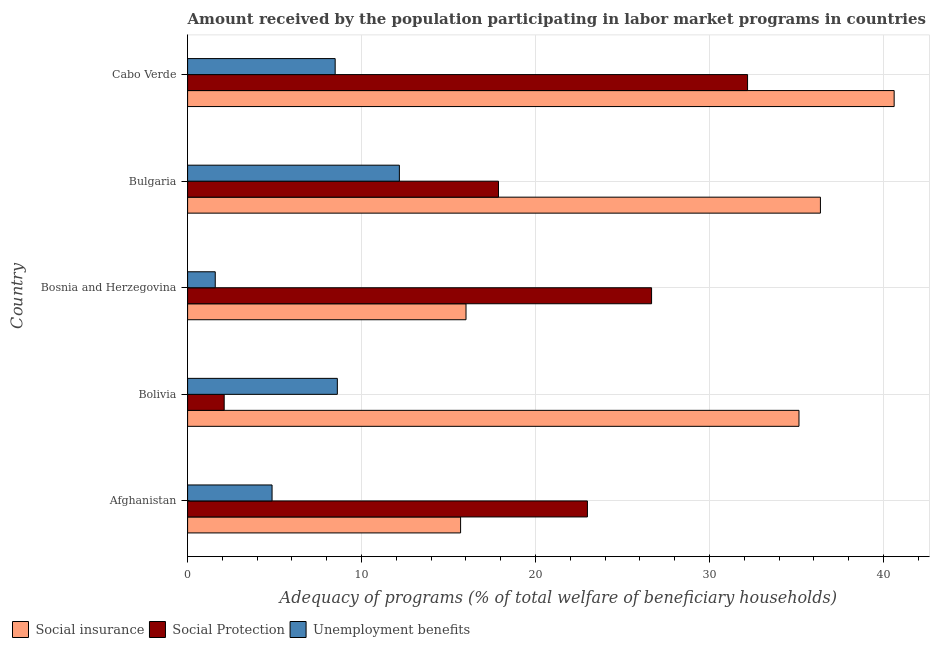
| Country | Social insurance | Social Protection | Unemployment benefits |
 | --- | --- | --- | --- |
 | Afghanistan | 15.7 | 23 | 4.86 |
 | Bolivia | 35.1 | 2.1 | 8.61 |
 | Bosnia and Herzegovina | 16 | 26.7 | 1.59 |
 | Bulgaria | 36.4 | 17.9 | 12.2 |
 | Cabo Verde | 40.6 | 32.2 | 8.48 |